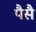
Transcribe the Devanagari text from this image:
पैसै